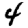
Digit: 4